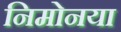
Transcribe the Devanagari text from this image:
निमोनया